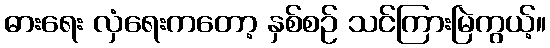
ဓားရေး လှံရေးကတော့ နှစ်စဉ် သင်ကြားမြဲကွယ့်။